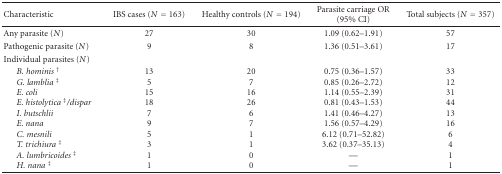
| Characteristic | IBS cases (N = 163) | Healthy controls (N = 194) | Parasite carriage OR (95% CI) | Total subjects (N = 357) |
 | --- | --- | --- | --- | --- |
 | Any parasite (N) | 27 | 30 | 1.09 (0.62–1.91) | 57 |
 | Pathogenic parasite (N) | 9 | 8 | 1.36 (0.51–3.61) | 17 |
 | Individual parasites (N) |  |  |  |  |
 | B. hominis † G. lamblia ‡ E. coli  E. histolytica ‡/dispar  I. butschlii  E. nana  C. mesnili  T. trichiura ‡ A. lumbricoides ‡ H. nana ‡ | 13 5 15 18 7 9 5 3 1 1 | 20 7 16 26 6 7 1 1 0 0 | 0.75 (0.36–1.57) 0.85 (0.26–2.72) 1.14 (0.55–2.39) 0.81 (0.43–1.53) 1.41 (0.46–4.27) 1.56 (0.57–4.29) 6.12 (0.71–52.82) 3.62 (0.37–35.13) —— | 33 12 31 44 13 16 6 4 1 1 |